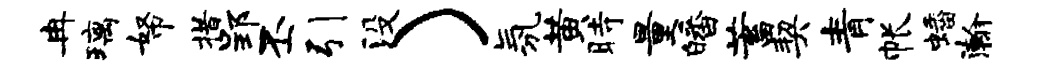
冉璃帑措郢丕引没）氛黄时量皤蓄契青帐蟠瀚